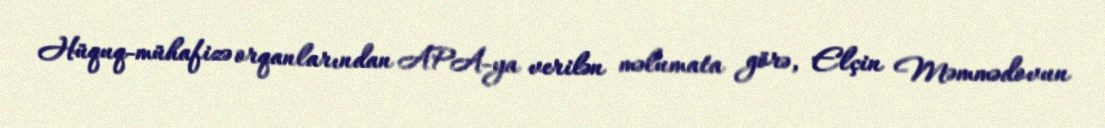
Hüquq-mühafizə orqanlarından APA-ya verilən məlumata görə, Elçin Məmmədovun